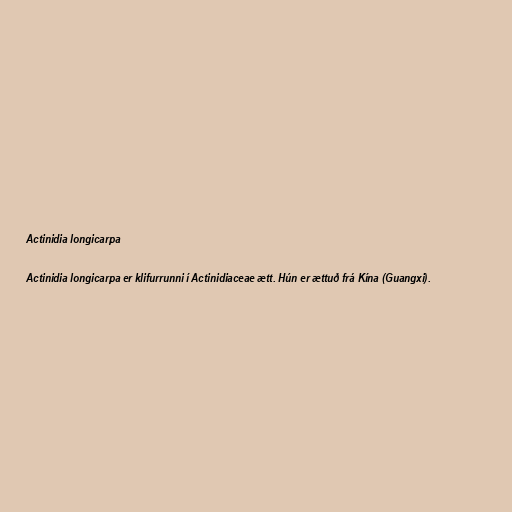
Actinidia longicarpa

Actinidia longicarpa er klifurrunni í Actinidiaceae ætt. Hún er ættuð frá Kína (Guangxi).